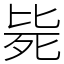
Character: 毙